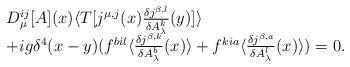
LaTeX: \begin{align*}\begin{array}{l}D_{\mu}^{ij}[A](x)\langle T[j^{\mu ,j}(x)\frac{\delta j^{\beta,l}}{\delta A_{\lambda}^k}(y)]\rangle\\+ig\delta ^4(x-y)(f^{bil}\langle\frac{\delta j^{\beta,k}}{\delta A_{\lambda}^b}(x)\rangle+f^{kia}\langle\frac{\delta j^{\beta,a}}{\delta A_{\lambda}^l}(x)\rangle)=0.\end{array}\end{align*}